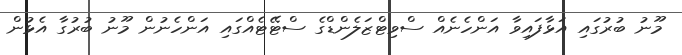
މޫނު ބުރުގައި އަޅާފައިވާ އަންހެނެއް ސްވިޓްޒަލެންޑްގެ ސްޓޭޓެއްގައި އަންހެނުން މޫނު ބުރުގާ އެޅުން